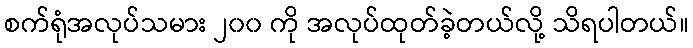
စက်ရုံအလုပ်သမား ၂၀၀ ကို အလုပ်ထုတ်ခဲ့တယ်လို့ သိရပါတယ်။